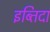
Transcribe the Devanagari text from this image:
इब्तिदा